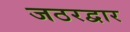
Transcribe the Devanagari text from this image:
जठरद्वार